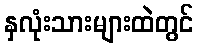
နှလုံးသားများထဲတွင်